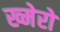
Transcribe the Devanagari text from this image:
ख्मेरों